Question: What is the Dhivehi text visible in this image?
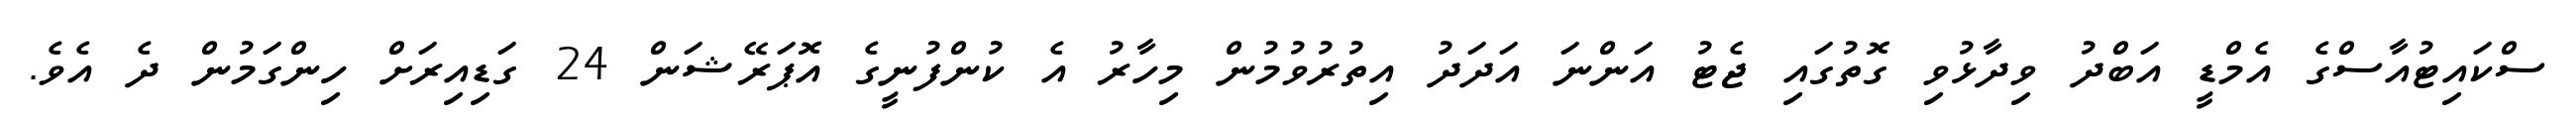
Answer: ސްކައިޓުއާސްގެ އެމްޑީ އަބްދު ވިދާޅުވި ގޮތުގައި ޖެޓު އަންނަ އަދަދު އިތުރުވުމުން މިހާރު އެ ކުންފުނީގެ އޮޕަރޭޝަން 24 ގަޑިއިރަށް ހިންގަމުން ދެ އެވެ.